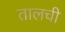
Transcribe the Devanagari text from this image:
तालची